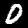
Label: 0